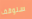
سنوقف